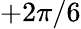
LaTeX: +2\pi/6